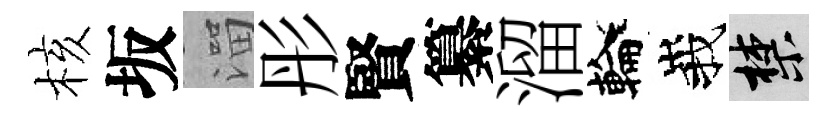
核坂溜彤賢纂溜輪峩禁